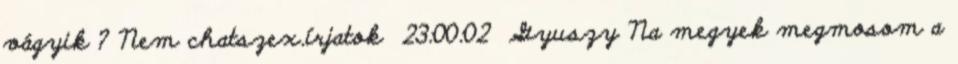
vágyik ? Nem chatszex.írjatok 23:00:02 Gyuszy Na megyek megmosom a